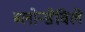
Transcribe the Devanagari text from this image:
ब्लोन्डेविले